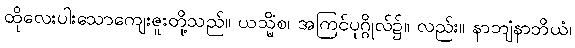
ထိုလေးပါးသောကျေးဇူးတို့သည်။ ယသ္မိံစ၊ အကြင်ပုဂ္ဂိုလ်၌။ လည်း။ နာဘျံနာဘိယံ၊